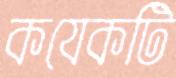
কযেকটি